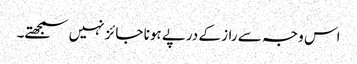
اس وجہ سے راز کے درپے ہونا جائز نہیں سمجھتے۔